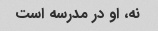
نه، او در مدرسه است